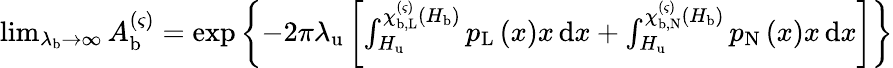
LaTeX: \begin{array}{r}{\operatorname*{lim}_{\lambda_{\mathrm{b}}\rightarrow\infty}A_{\mathrm{b}}^{\left(\varsigma\right)}=\exp\left\{ -2\pi\lambda_{\mathrm{u}}\left[\int_{H_{\mathrm{u}}}^{\chi_{\mathrm{b},\mathrm{L}}^{\left(\varsigma\right)}\left(H_{\mathrm{b}}\right)}{p_{\mathrm{L}}\left(x\right)x\, \mathrm{d}x}+\int_{H_{\mathrm{u}}}^{\chi_{\mathrm{b},\mathrm{N}}^{\left(\varsigma\right)}\left(H_{\mathrm{b}}\right)}{p_{\mathrm{N}}\left(x\right)x\, \mathrm{d}x}\right]\right\} }\end{array}